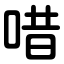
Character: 唶